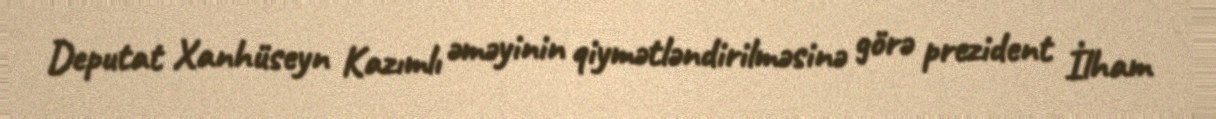
Deputat Xanhüseyn Kazımlı əməyinin qiymətləndirilməsinə görə prezident İlham